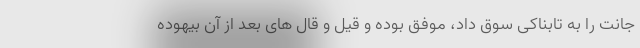
جانت را به تابناکی سوق داد، موفق بوده و قیل و قال های بعد از آن بیهوده